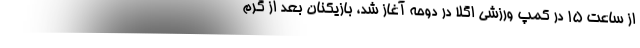
از ساعت ۱۵ در کمپ ورزشی اِگلا در دوحه آغاز شد، بازیکنان بعد از گرم